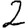
Digit: 2